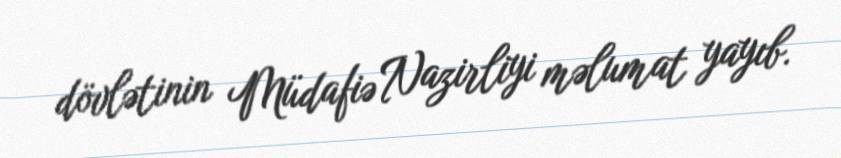
dövlətinin Müdafiə Nazirliyi məlumat yayıb.